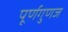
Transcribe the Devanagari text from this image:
पूर्णगुणज